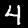
Label: 4